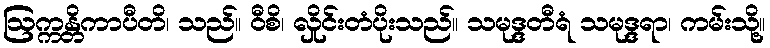
ဩက္ကန္တိကာပီတိ၊ သည်။ ဝီစိ၊ လှိုင်းတံပိုးသည်။ သမုဒ္ဒတီရံ သမုဒ္ဒရာ၊ ကမ်းသို့။